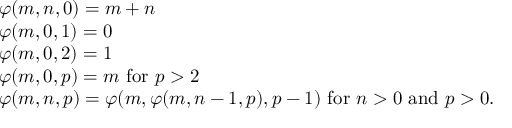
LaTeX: \begin{array} { l r } { \varphi ( m , n , 0 ) = m + n } \\ { \varphi ( m , 0 , 1 ) = 0 } \\ { \varphi ( m , 0 , 2 ) = 1 } \\ { \varphi ( m , 0 , p ) = m { \mathrm { ~ f o r ~ } } p > 2 } \\ { \varphi ( m , n , p ) = \varphi ( m , \varphi ( m , n - 1 , p ) , p - 1 ) { \mathrm { ~ f o r ~ } } n > 0 { \mathrm { ~ a n d ~ } } p > 0 . } \end{array}